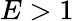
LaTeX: E>1